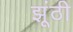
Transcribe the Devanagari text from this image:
झूंठी